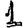
Digit: 1